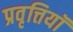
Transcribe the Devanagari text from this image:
प्रवृत्तियॉं